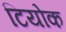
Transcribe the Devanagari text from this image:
टियोक